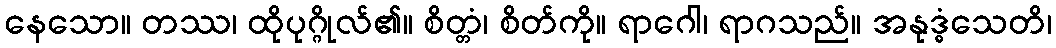
နေသော။ တဿ၊ ထိုပုဂ္ဂိုလ်၏။ စိတ္တံ၊ စိတ်ကို။ ရာဂေါ၊ ရာဂသည်။ အနုဒ္ဓံသေတိ၊